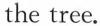
the tree.